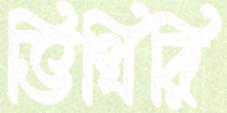
ভিখিরি